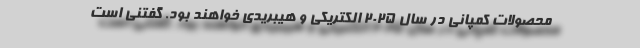
محصولات کمپانی در سال 2025 الکتریکی و هیبریدی خواهند بود. گفتنی است